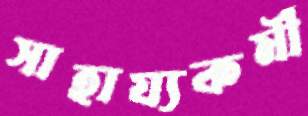
সাহায্যকর্মী